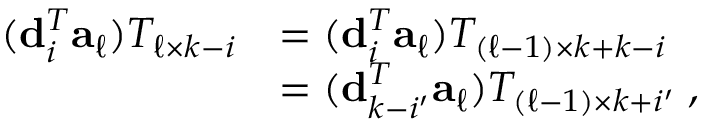
\begin{array} { r l } { ( { \bf d } _ { i } ^ { T } { \bf a } _ { \ell } ) T _ { \ell \times k - i } } & { = ( { \bf d } _ { i } ^ { T } { \bf a } _ { \ell } ) T _ { ( { \ell - 1 } ) \times k + k - i } } \\ & { = ( { \bf d } _ { k - i ^ { \prime } } ^ { T } { \bf a } _ { \ell } ) T _ { ( { \ell - 1 } ) \times k + i ^ { \prime } } \; , } \end{array}